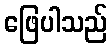
ဖြေပါသည်